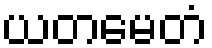
ယတမေတံ